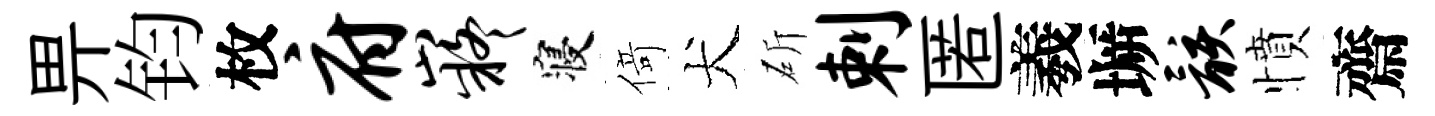
畀钧枚府嶷寝𠋣犬斫剌匿羲󶱲骸憤齋